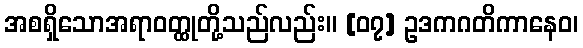
အစရှိသောအရာဝတ္ထုတို့သည်လည်း။ [၀၇] ဥဒကဂတိကာနေဝ၊